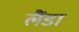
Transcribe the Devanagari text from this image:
लैंडा